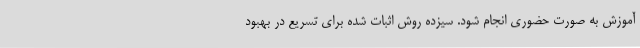
آموزش به صورت حضوری انجام شود. سیزده روش اثبات شده برای تسریع در بهبود